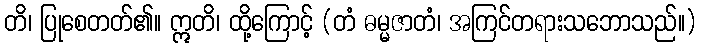
တိ၊ ပြုစေတတ်၏။ ဣတိ၊ ထို့ကြောင့် (တံ ဓမ္မဇာတံ၊ အကြင်တရားသဘောသည်။)